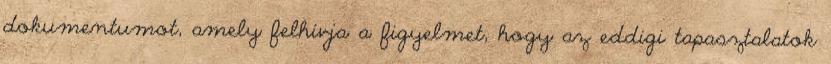
dokumentumot, amely felhívja a figyelmet, hogy az eddigi tapasztalatok